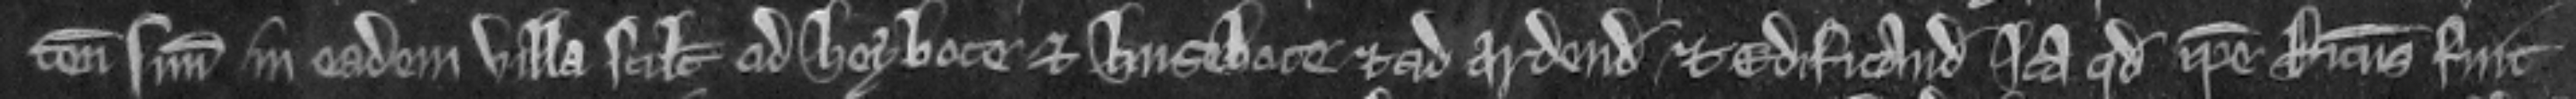
tenementum suum in eadem villa scilicet ad heybote et husebote et ad ardendum et edificandum ita quod ipse Ricardus fuit